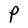
Character: P